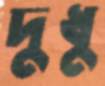
দুধু